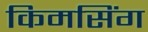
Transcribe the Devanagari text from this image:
किमसिंग